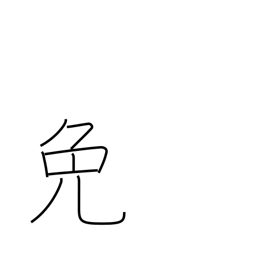
Meaning: excuse